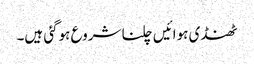
ٹھنڈی ہوائیں چلنا شروع ہوگئی ہیں۔